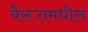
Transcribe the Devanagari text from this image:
बैरूतमधील